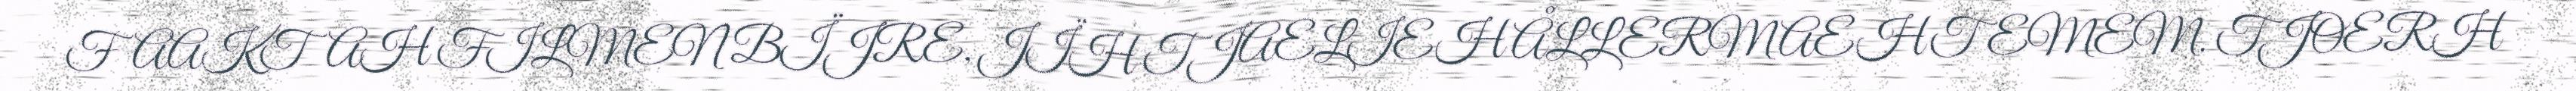
FAAKTAH FILMEN BÏJRE, JÏH TJAELIEH ÅLLERMAEHTEMEM. TJOERH